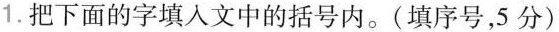
1.把下面的字填入文中的括号内。(填序号，5分)